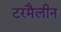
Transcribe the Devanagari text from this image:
टरमैलीन